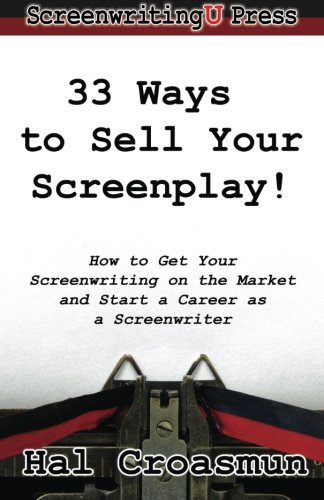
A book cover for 33 Ways to Sell Your Screenplay!: How to Get Your Screenwriting on the Market and Start a Career as a Screenwriter; Hal Croasmun; Humor & Entertainment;